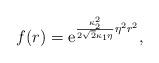
LaTeX: \begin{align*}f(r)=\mbox e^{\frac{\kappa_2^2}{2\sqrt{2} \kappa_1 \eta} \eta^2 r^2} ,\end{align*}